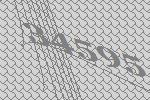
34595